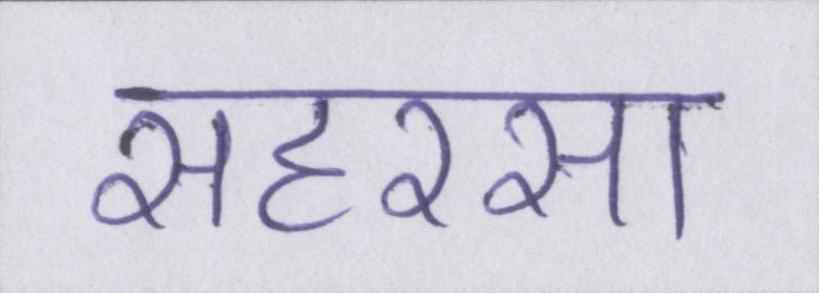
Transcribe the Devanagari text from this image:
सहरसा